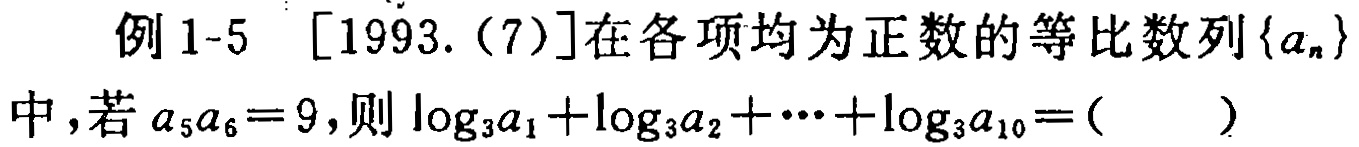
例1-5 [1993.(7)]在各项均为正数的等比数列\(\{a_{n}\}\)中，若\(a_{5}a_{6}=9\)，则\(\log_{3}a_{1}+\log_{3}a_{2}+\cdots+\log_{3}a_{10}=(\quad)\)